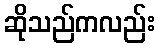
ဆိုသည်ကလည်း